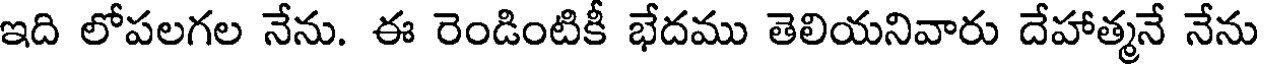
ఇది లోపలగల నేను. ఈ రెండింటికీ భేదము తెలియనివారు దేహాత్మనే నేను